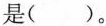
是()。